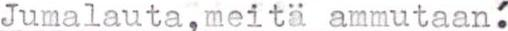
Jumalauta,meitä ammutaan: